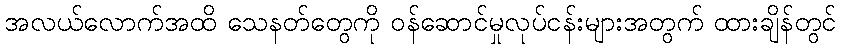
အလယ်လောက်အထိ သေနတ်တွေကို ဝန်ဆောင်မှုလုပ်ငန်းများအတွက် ထားချိန်တွင်